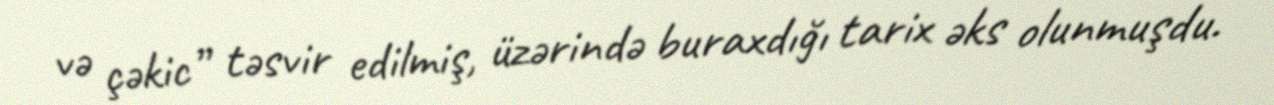
və çəkic” təsvir edilmiş, üzərində buraxdığı tarix əks olunmuşdu.